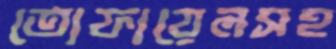
তোফায়েলসহ